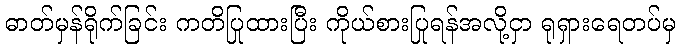
ဓာတ်မှန်ရိုက်ခြင်း ကတိပြုထားပြီး ကိုယ်စားပြုရန်အလို့ငှာ ရုရှားရေတပ်မှ